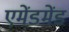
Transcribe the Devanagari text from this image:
एमेंडमेंड